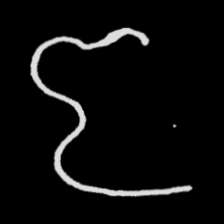
Pyu character \u2014 Myanmar letter: ဇ (romanized: ja)